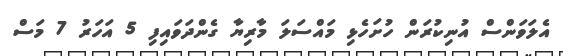
އެލަވަންސް އުނިކުރަން ހުށަހެޅި މައްސަލަ މާރިޔާ ގެންދަވައިފި 5 އަހަރު 7 މަސް